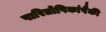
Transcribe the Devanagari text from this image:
पारितोषिकांपैकी